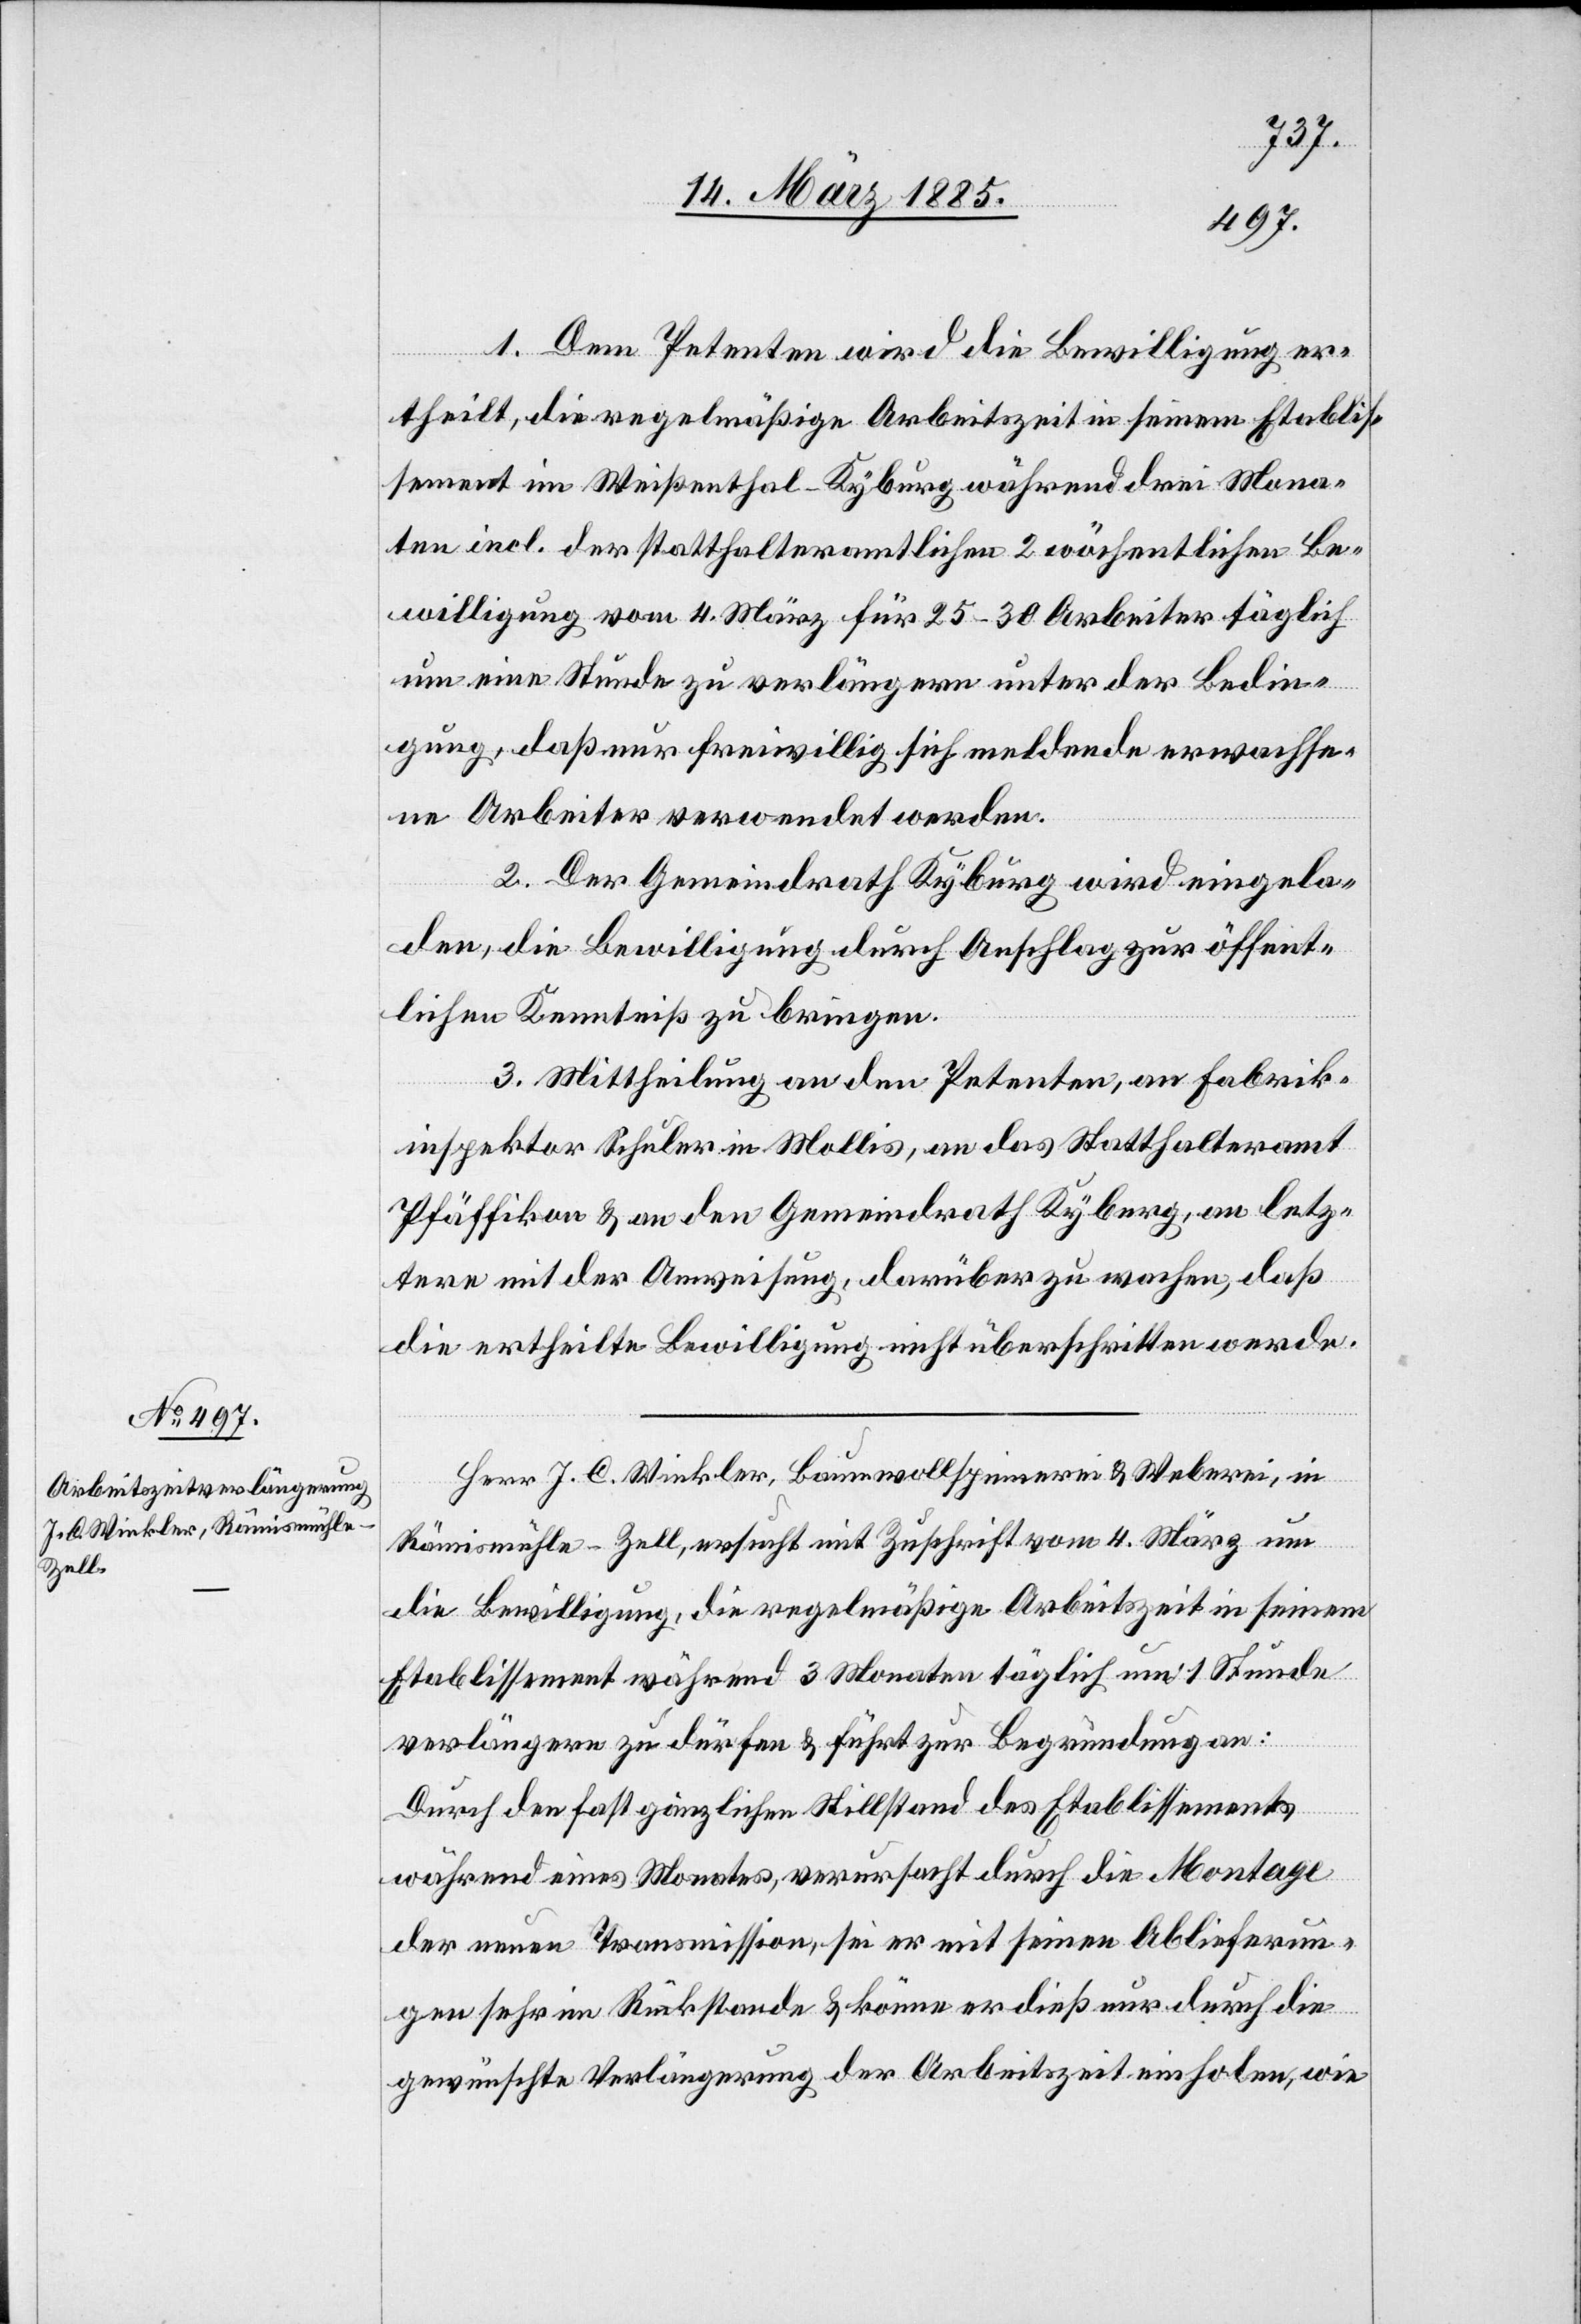
1. Dem Petenten wird die Bewilligung er¬
theilt, die regelmäßige Arbeitszeit in seinem Etablis¬
sement im Weißenthal - Kyburg während drei Mona¬
ten incl. der statthalteramtlichen 2 wöchentlichen Be¬
willigung vom 4. März für 25–30 Arbeiter täglich
um eine Stunde zu verlängern unter der Bedin¬
gung, das nur freiwillig sich meldende erwachse¬
ne Arbeiter verwendet werden.
2. Der Gemeindrath Kyburg wird eingela¬
den, die Bewilligung durch Anschlag zur öffent¬
lichen Kenntniß zu bringen.
3. Mittheilung an den Petenten, an Fabrik¬
inspektor Schuler in Mollis, an das Statthalteramt
Pfäffikon & an den Gemeindrath Kyburg, an letz¬
tere mit der Anweisung, darüber zu wachen, daß
die ertheilte Bewilligung nicht überschritten werde.
Herr J. C. Winkler, Baumwollspinnerei & Weberei, in
Rämismühle - Zell, ersucht mit Zuschrift vom 4. März um
die Bewilligung, die regelmäßige Arbeitszeit in seinem
Etablissement während 3 Monaten täglich um 1 Stunde
verlängern zu dürfen & führt zur Begründung an:
Durch den fast gänzlichen Stillstand des Etablissements
während eines Monats, verursacht durch die Montage
der neuen Transmission, sei er mit seinen Ablieferun¬
gen sehr im Rückstande & könne er dieß nur durch die
gewünschte Verlängerung der Arbeitszeit einholen, wie